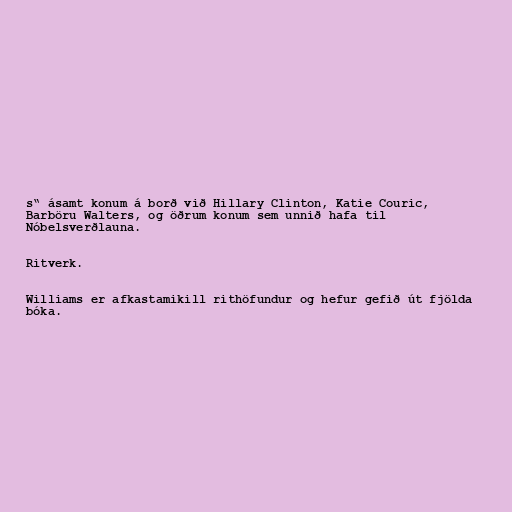
s“ ásamt konum á borð við Hillary Clinton, Katie Couric,
Barböru Walters, og öðrum konum sem unnið hafa til
Nóbelsverðlauna.

Ritverk.

Williams er afkastamikill rithöfundur og hefur gefið út fjölda
bóka.